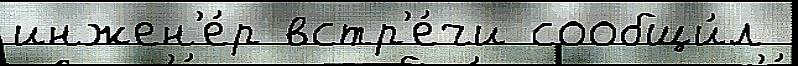
инжен'е́р встр'е́чи сообщи́л